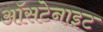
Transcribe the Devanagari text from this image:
ऑसटेनाइट